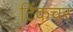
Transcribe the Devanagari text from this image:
टिंकचर